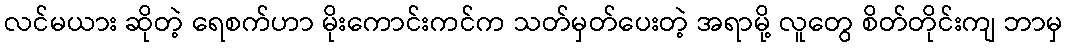
လင်မယား ဆိုတဲ့ ရေစက်ဟာ မိုးကောင်းကင်က သတ်မှတ်ပေးတဲ့ အရာမို့ လူတွေ စိတ်တိုင်းကျ ဘာမှ